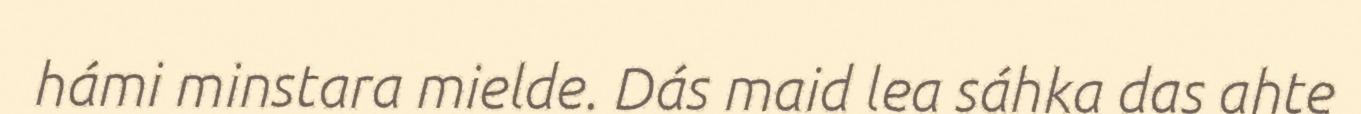
hámi minstara mielde. Dás maid lea sáhka das ahte